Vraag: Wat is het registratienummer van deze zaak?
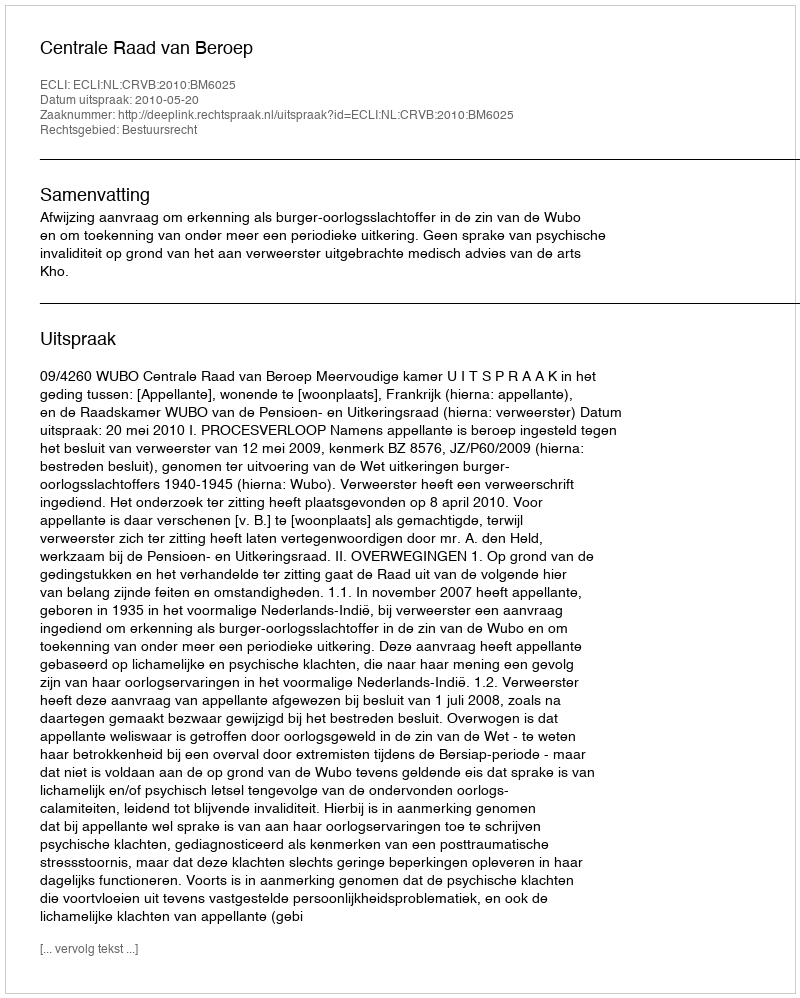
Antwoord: http://deeplink.rechtspraak.nl/uitspraak?id=ECLI:NL:CRVB:2010:BM6025